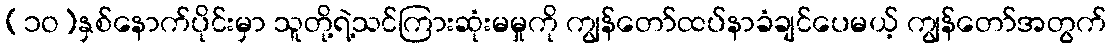
(၁ဝ)နှစ်နောက်ပိုင်းမှာ သူတို့ရဲ့သင်ကြားဆုံးမမှုကို ကျွန်တော်ထပ်နာခံချင်ပေမယ့် ကျွန်တော်အတွက်